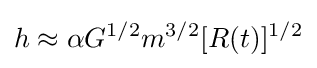
h\approx \alpha G^{1/2}m^{3/2}[R(t)]^{1/2}